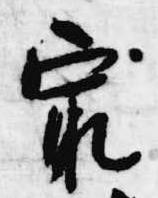
最